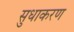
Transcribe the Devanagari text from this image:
सुधाकरण